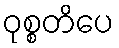
ဝုစ္စတိပေ